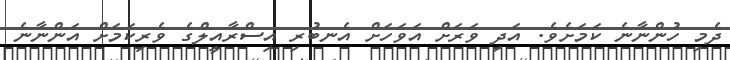
ދެމި ހުންނާނެ ކަމަށެވެ. އަދި ވަރަށް އަވަހަށް އެނބުރި އިސްރާއީލްގެ ވެރިކަމަށް އަންނާނެ